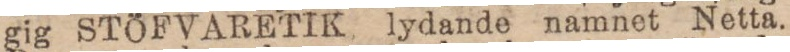
gig STÖFVARETIK lydande namnet Netta.